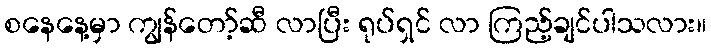
စနေနေ့မှာ ကျွန်တော့်ဆီ လာပြီး ရုပ်ရှင် လာ ကြည့်ချင်ပါသလား။